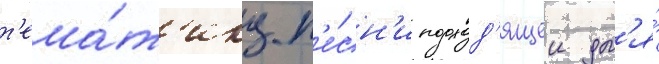
т'ема́т'ику п'е́сн'и подход'ящеи дл'я́